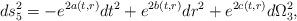
LaTeX: \begin{align*}ds_{5}^{2} = - e^{2a(t,r)}dt^2 + e^{2b(t,r)} dr^2 + e^{2c(t,r)}d\Omega_{3}^2,\end{align*}